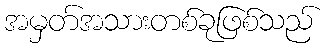
အမှတ်အသားတစ်ခုဖြစ်သည်